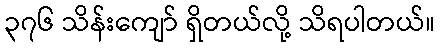
၃၇၆ သိန်းကျော် ရှိတယ်လို့ သိရပါတယ်။